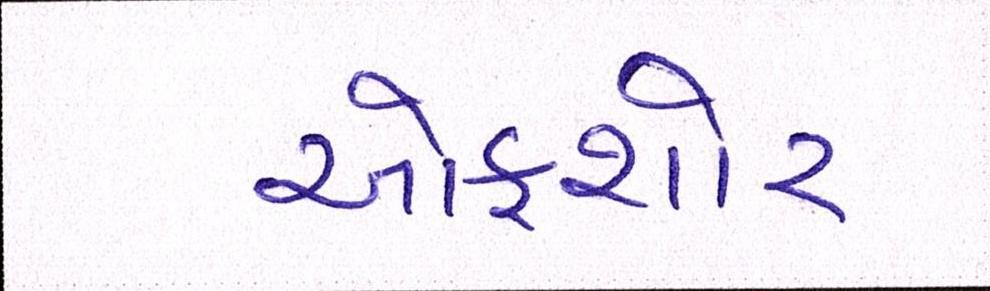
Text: ઓફશોર